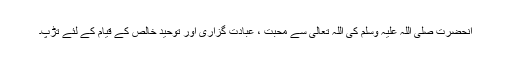
آنحضرت صلی اللہ علیہ وسلم کی اللہ تعالیٰ سے محبت ، عبادت گزاری اور توحید خالص کے قیام کے لئے تڑپ۔